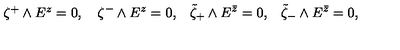
\begin{matrix} { \zeta ^ { + } \wedge E ^ { z } = 0 , } & { \quad \zeta ^ { - } \wedge E ^ { z } = 0 , } & { \quad \tilde { \zeta } _ { + } \wedge E ^ { \bar { z } } = 0 , } & { \quad \tilde { \zeta } _ { - } \wedge E ^ { \bar { z } } = 0 , } \\ \end{matrix}